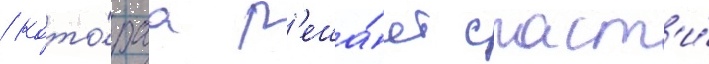
/ кото́раа р'еша́ет спаст'и́